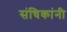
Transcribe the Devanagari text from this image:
संचिकांनी